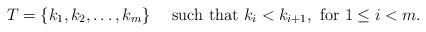
\begin{align*} T=\{ k_1,k_2,\ldots,k_m \} \mbox{ \ \ \ such that }k_i < k_{i+1}, \mbox{ for } 1\le i <m.\end{align*}